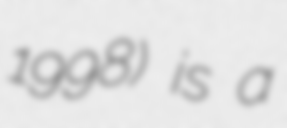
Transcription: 1998) is a